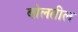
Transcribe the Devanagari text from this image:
बोलतील